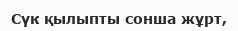
Сүк қылыпты сонша жұрт,